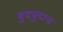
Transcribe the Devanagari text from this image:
बुदबुदाना